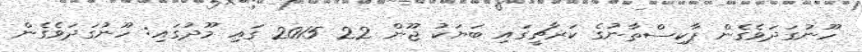
ހޫނުގަދަވެގެން ޕާކިސްތާނުގެ ކަރާޗީގައި ބަޔަކު ޖޫން 22 2015 ގައި މޫދުގައި: ހޫނުގަދަވެގެން